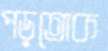
পড়তোক